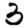
Digit: 3